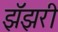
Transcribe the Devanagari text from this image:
झॅझरी